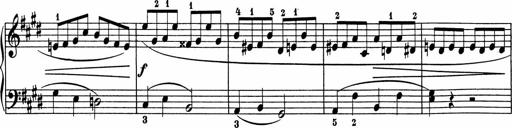
Title: 5 Sonatinen fÃ¼r die Jugend
Composer: Carl Reinecke